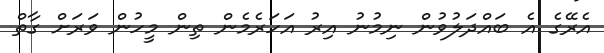
އެރޭގެ އެ ބައްދަލުވުން ނިމުނު އިރު އަހަރެމެން ތިން މީހުން ވަަރަށް ގާތް